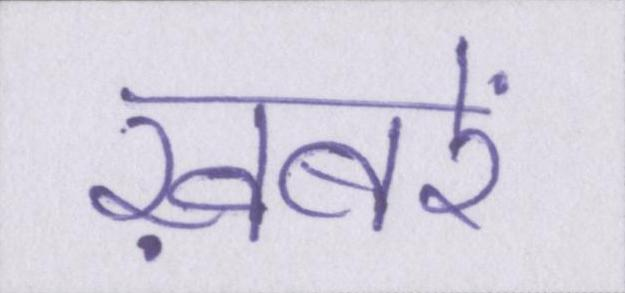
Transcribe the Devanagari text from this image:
ख़बरें